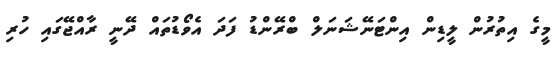
މީގެ އިތުރުން ލީޑިން އިންޓަނޭޝަނަލް ބްރޭންޑު ފަދަ އެވޯޑުތައް ދޭނީ ރާއްޖޭގައި ހުރި